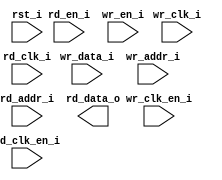
/*******************************************************************************
    Verilog netlist generated by IPGEN Lattice Radiant Software (64-bit)
    2.1.0.27.2
    Soft IP Version: 1.1.1
    Sun Aug 30 12:41:43 2020
*******************************************************************************/
/*******************************************************************************
    Wrapper Module generated per user settings.
*******************************************************************************/
module line_ram_dp (wr_clk_i, rd_clk_i, rst_i, wr_clk_en_i, rd_en_i,
    rd_clk_en_i, wr_en_i, wr_data_i, wr_addr_i, rd_addr_i, rd_data_o)/* synthesis syn_black_box syn_declare_black_box=1 */;
    input  wr_clk_i;
    input  rd_clk_i;
    input  rst_i;
    input  wr_clk_en_i;
    input  rd_en_i;
    input  rd_clk_en_i;
    input  wr_en_i;
    input  [63:0]  wr_data_i;
    input  [9:0]  wr_addr_i;
    input  [9:0]  rd_addr_i;
    output  [63:0]  rd_data_o;
endmodule